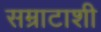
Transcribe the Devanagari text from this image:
सम्राटाशी